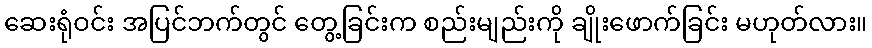
ဆေးရုံဝင်း အပြင်ဘက်တွင် တွေ့ခြင်းက စည်းမျည်းကို ချိုးဖောက်ခြင်း မဟုတ်လား။